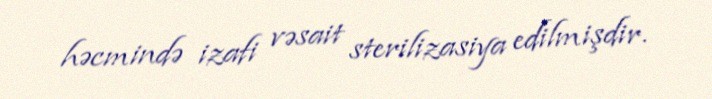
həcmində izafi vəsait sterilizasiya edilmişdir.